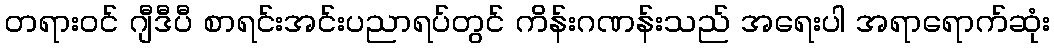
တရားဝင် ဂျီဒီပီ စာရင်းအင်းပညာရပ်တွင် ကိန်းဂဏန်းသည် အရေးပါ အရာရောက်ဆုံး